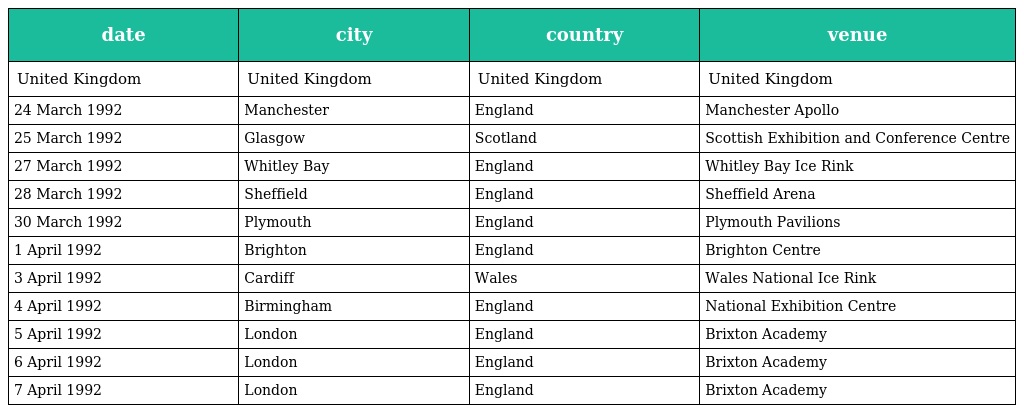
| date | city | country | venue |
 | --- | --- | --- | --- |
 | United Kingdom | United Kingdom | United Kingdom | United Kingdom |
 | 24 March 1992 | Manchester | England | Manchester Apollo |
 | 25 March 1992 | Glasgow | Scotland | Scottish Exhibition and Conference Centre |
 | 27 March 1992 | Whitley Bay | England | Whitley Bay Ice Rink |
 | 28 March 1992 | Sheffield | England | Sheffield Arena |
 | 30 March 1992 | Plymouth | England | Plymouth Pavilions |
 | 1 April 1992 | Brighton | England | Brighton Centre |
 | 3 April 1992 | Cardiff | Wales | Wales National Ice Rink |
 | 4 April 1992 | Birmingham | England | National Exhibition Centre |
 | 5 April 1992 | London | England | Brixton Academy |
 | 6 April 1992 | London | England | Brixton Academy |
 | 7 April 1992 | London | England | Brixton Academy |